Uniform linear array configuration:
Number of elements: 32
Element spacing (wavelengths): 1
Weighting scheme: binomial
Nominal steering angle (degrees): -45
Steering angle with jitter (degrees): -45.733
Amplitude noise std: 0.05
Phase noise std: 0.05

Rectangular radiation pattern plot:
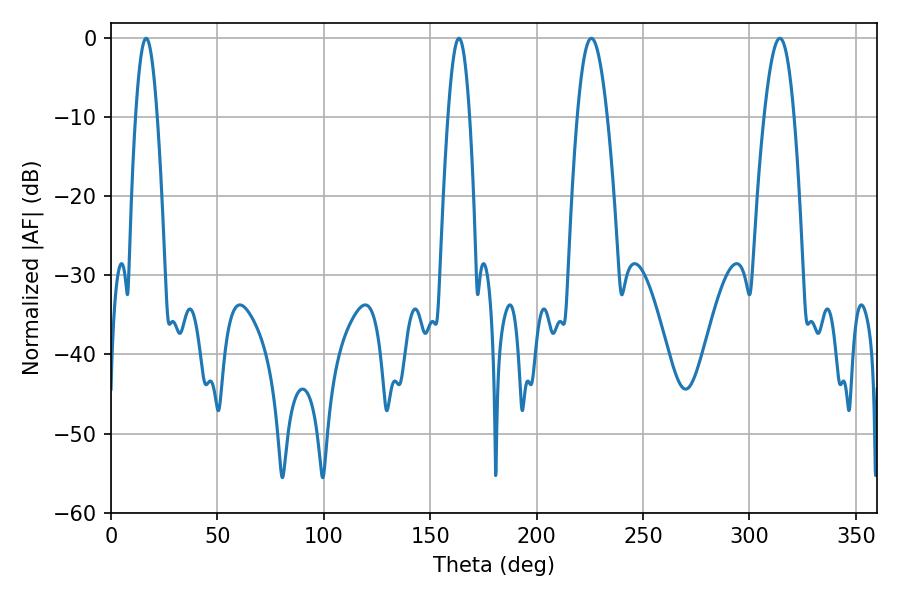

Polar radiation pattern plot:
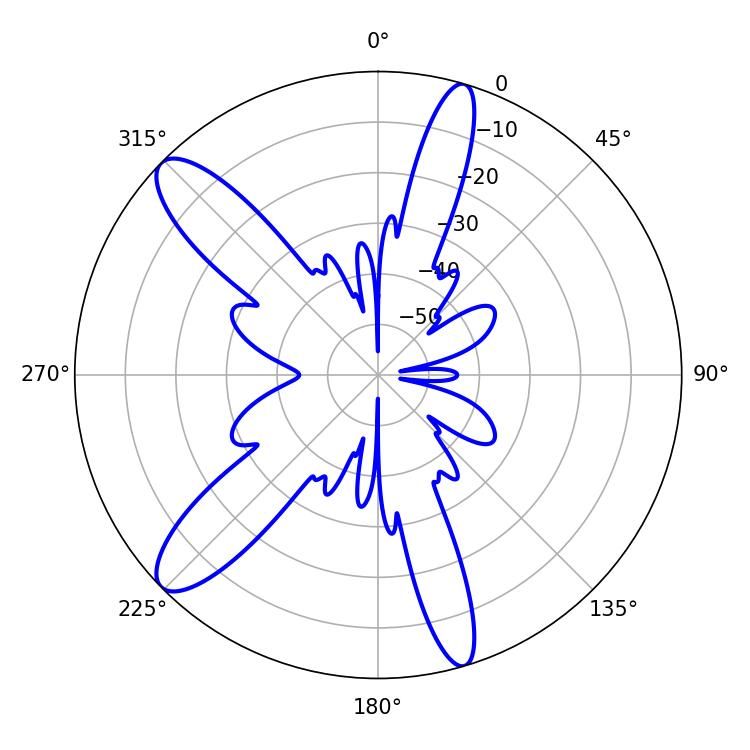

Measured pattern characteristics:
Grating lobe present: TRUE
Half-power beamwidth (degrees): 7.56
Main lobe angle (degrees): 225.72